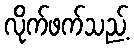
လိုက်ဖက်သည့်